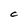
Character: C